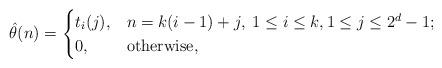
LaTeX: \begin{align*}\hat{\theta}(n)=\begin{cases} t_i(j), &n=k(i-1)+j,\;1\leq i\leq k,1\leq j\leq 2^d-1; \\ 0,& \mathrm{otherwise},\end{cases}\end{align*}